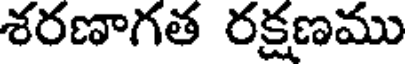
శరణాగత రక్షణము